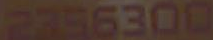
2756300